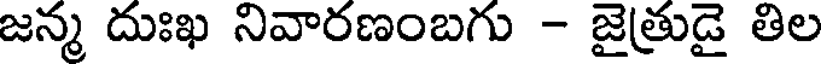
జన్మ దుఃఖ నివారణంబగు - జైత్రుడై తిల